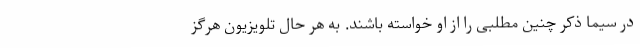
در سیما ذکر چنین مطلبی را از او خواسته باشند. به هر حال تلویزیون هرگز